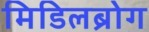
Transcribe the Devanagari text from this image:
मिडिलब्रोग